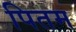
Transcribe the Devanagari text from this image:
पितम